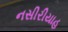
નસીરીયાહ